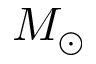
M _ { \odot }